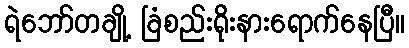
ရဲဘော်တချို့ ခြံစည်းရိုးနားရောက်နေပြီ။